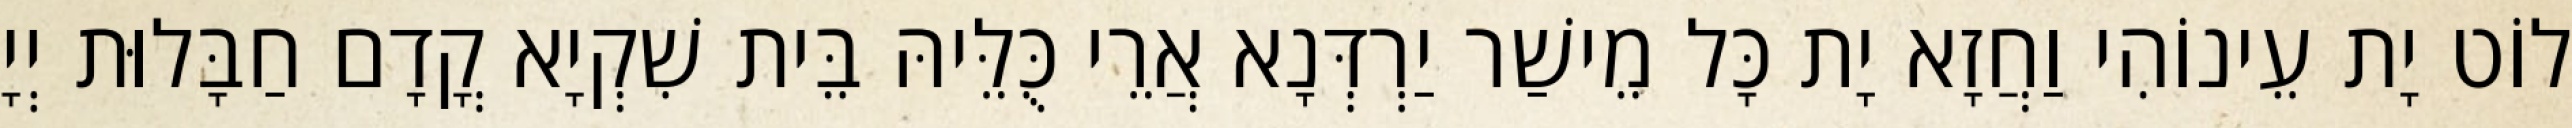
לוֹט יָת עֵינוֹהִי וַחֲזָא יָת כָּל מֵישַׁר יַרְדְּנָא אֲרֵי כֻּלֵּיהּ בֵּית שִׁקְיָא קֳדָם חַבָּלוּת יְיָ